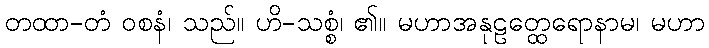
တထာ-တံ ဝစနံ၊ သည်။ ဟိ-သစ္စံ၊ ၏။ မဟာအနုဠတ္ထေရောနာမ၊ မဟာ